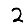
Digit: 2